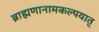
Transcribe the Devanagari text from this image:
ब्राह्मणानामकल्पयात्‌